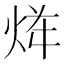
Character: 𱫏